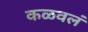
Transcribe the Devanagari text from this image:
कळवलं